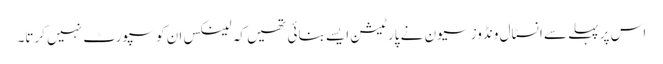
اس پر پہلے سے انسٹال ونڈوز سیون نے پارٹیشن ایسے بنائی تھیں کہ لینکس ان کو سپورٹ نہیں کرتا۔